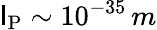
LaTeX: \mathsf{l}_{\mathrm{{P}}}\sim10^{-35}\, m